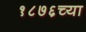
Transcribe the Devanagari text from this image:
१८७६च्या